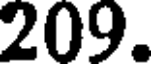
209.